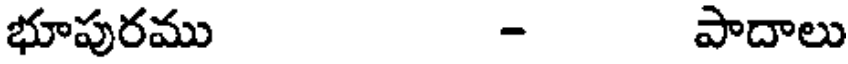
భూపురము - పాదాలు